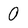
Character: 0